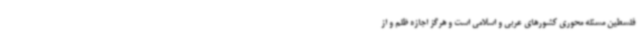
فلسطین مسئله محوری کشورهای عربی و اسلامی است و هرگز اجازه ظلم و از